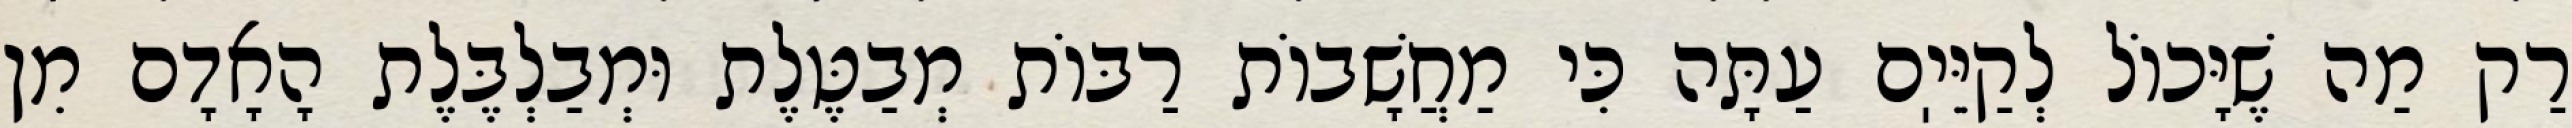
רַק מַה שֶׁיָּכוֹל לְקַיֵּיֽם עַתָּה כִּי מַחֲשָׁבוֹת רַבּוֹת מְבַטֶּלֶת וּמְבַלְבֶּלֶת הָאָדָם מִן